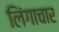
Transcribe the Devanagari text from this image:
लिंगाचार